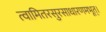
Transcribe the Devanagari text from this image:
त्वामितरसुरसाधारणमभूत्।